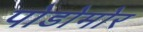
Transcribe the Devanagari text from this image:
पोडोमोर